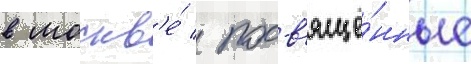
в москв'е́ / посв'ящё́нные